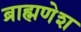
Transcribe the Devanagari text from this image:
ब्राह्मणेश